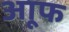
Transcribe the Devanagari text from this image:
आूफ